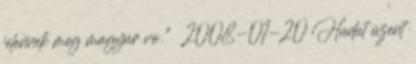
jelennek meg magyar vo." 2008-01-20 Hadat üzent